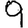
Digit: 9